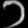
Digit: ၁